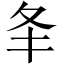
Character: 𡕖